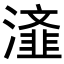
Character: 𭲴